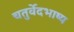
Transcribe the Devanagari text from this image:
चतुर्वेदभाष्य